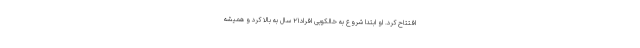
افتتاح کرد. او ابتدا شروع به خالکوبی افراد۲۱ سال به بالا کرد و همیشه